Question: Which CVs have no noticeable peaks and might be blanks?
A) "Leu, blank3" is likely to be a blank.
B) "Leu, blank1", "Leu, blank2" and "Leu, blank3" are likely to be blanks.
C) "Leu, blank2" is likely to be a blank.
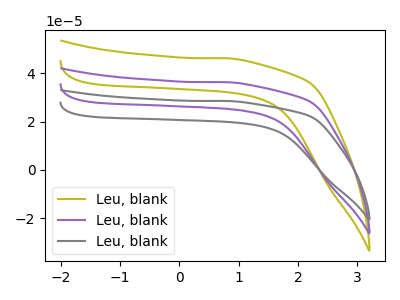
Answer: <think>The olive curve "Leu, blank1" has no peaks. The purple curve "Leu, blank2" has no peaks. The gray curve "Leu, blank3" has no peaks.</think>
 <answer>B) "Leu, blank1", "Leu, blank2" and "Leu, blank3" are likely to be blanks.</answer>
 <eval>B</eval>